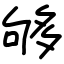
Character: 够